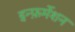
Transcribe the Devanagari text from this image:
इन्फ़र्मेशन